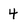
Character: 4